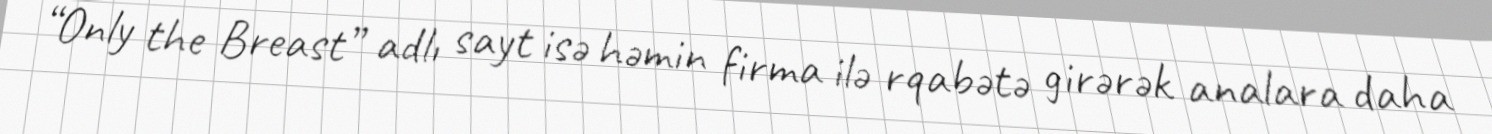
“Only the Breast” adlı sayt isə həmin firma ilə rqabətə girərək analara daha